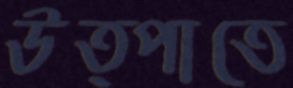
উত্পাতে